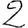
Digit: 2